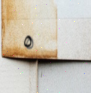
٥